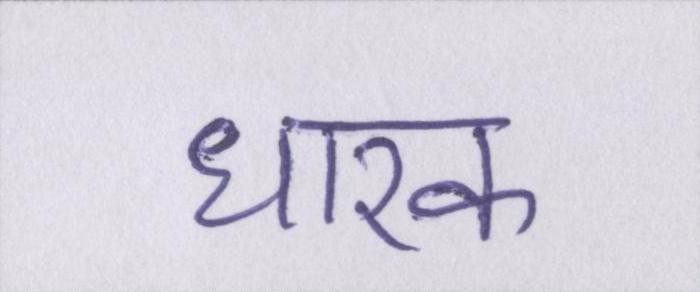
धारक